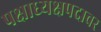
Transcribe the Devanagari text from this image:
पक्षाध्यक्षपदावर